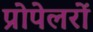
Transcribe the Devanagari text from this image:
प्रोपेलरों